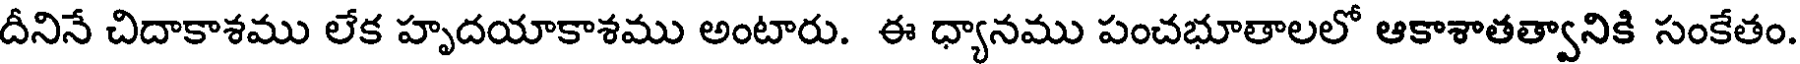
దీనినే చిదాకాశము లేక హృదయాకాశము అంటారు. ఈ ధ్యానము పంచభూతాలలో ఆకాశాతత్వానికి సంకేతం.